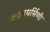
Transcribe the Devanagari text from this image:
समानधर्मिणी